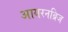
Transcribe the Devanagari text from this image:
आयरनब्रिज